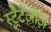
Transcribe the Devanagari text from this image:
स्ट्रैटेजीज़